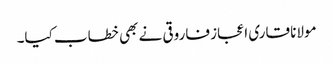
مولانا قاری اعجاز فاروقی نے بھی خطاب کیا۔